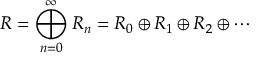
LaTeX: R = \bigoplus _ { n = 0 } ^ { \infty } R _ { n } = R _ { 0 } \oplus R _ { 1 } \oplus R _ { 2 } \oplus \cdots